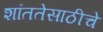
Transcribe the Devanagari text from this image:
शांततेसाठीचे